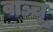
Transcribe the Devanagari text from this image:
वाञ्चू